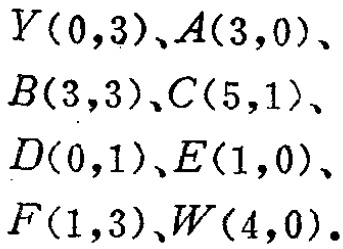
$Y(0,3)、A(3,0)、\\

B(3,3)、C(5,1)、\\

D(0,1)、E(1,0)、\\

F(1,3)、W(4,0).$